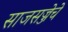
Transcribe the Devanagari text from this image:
साजसज्जेचे